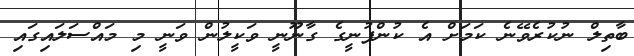
ބާތިލް ނުކުރެވޭނެ ކަމަށް އެ ކުންފުނީގެ ގާނޫނީ ވަކީލުން ވަނީ މި މައްސަލައިގައި